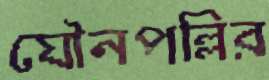
যৌনপল্লির